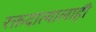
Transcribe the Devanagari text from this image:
रक्तदात्यालाही